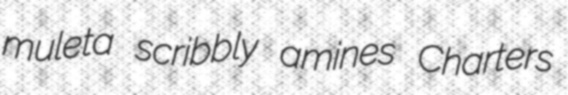
muleta scribbly amines Charters